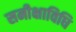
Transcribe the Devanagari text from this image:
समीक्षाविधि